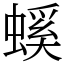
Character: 螇